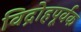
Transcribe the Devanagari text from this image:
विद्रोहपूर्वक